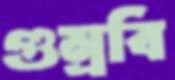
গুম্‌রবি